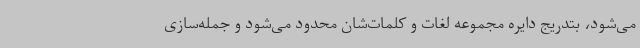
می‌شود، بتدریج دایره مجموعه لغات و کلمات‌شان محدود می‌شود و جمله‌سازی